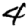
Digit: 4